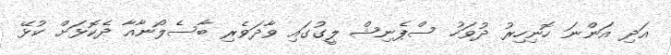
އަދި އަންނަ ހޮނިހިރު ދުވަހު ސްޕެނިޝް ލީގުގައި ވާދަވެރި ބާސެލޯނާއާ ދެކޮޅަށް ކުޅޭ